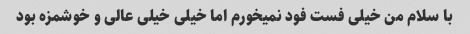
با سلام من خیلی فست فود نمیخورم اما خیلی خیلی عالی و خوشمزه بود